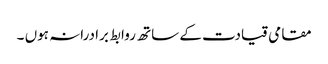
مقامی قیادت کے ساتھ روابط برادرانہ ہوں ۔